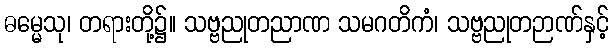
ဓမ္မေသု၊ တရားတို့၌။ သဗ္ဗညုတညာဏ သမဂတိကံ၊ သဗ္ဗညုတဉာဏ်နှင့်